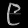
Digit: ၉